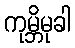
ကုမ္ဘိမုခါ